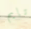
تايم